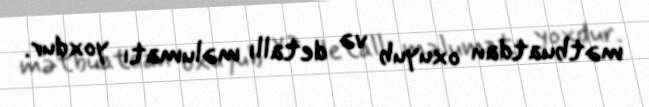
mətbuatdan oxuyub və detallı məlumatı yoxdur.